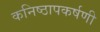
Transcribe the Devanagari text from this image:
कनिष्ठापकर्षणी